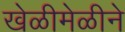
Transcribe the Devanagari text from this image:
खेळीमेळीने